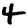
Digit: 4